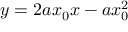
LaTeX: y = 2 a x _ { 0 } x - a x _ { 0 } ^ { 2 }